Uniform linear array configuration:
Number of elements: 24
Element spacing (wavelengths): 1
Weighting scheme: binomial
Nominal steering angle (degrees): -30
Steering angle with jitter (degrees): -30.814
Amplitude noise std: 0.05
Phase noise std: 0.05

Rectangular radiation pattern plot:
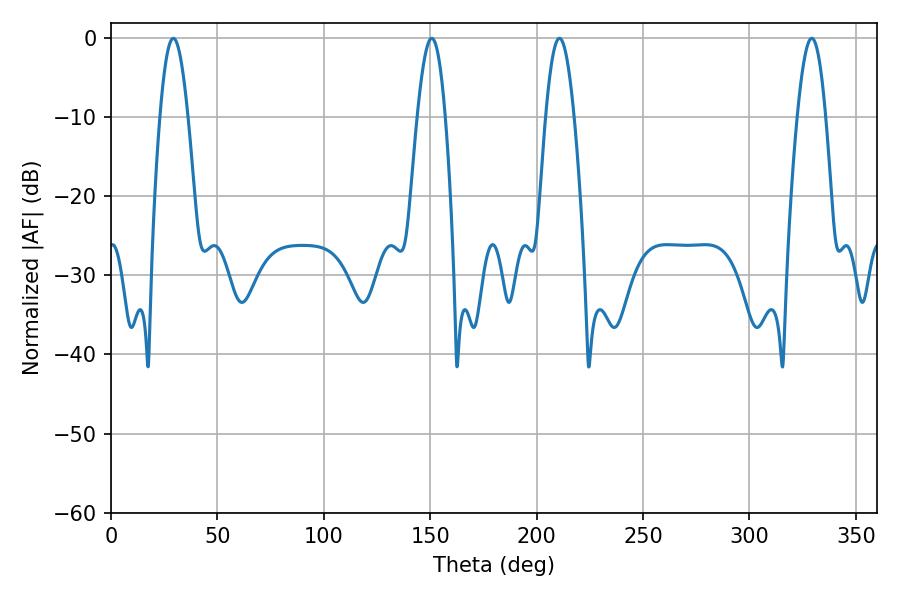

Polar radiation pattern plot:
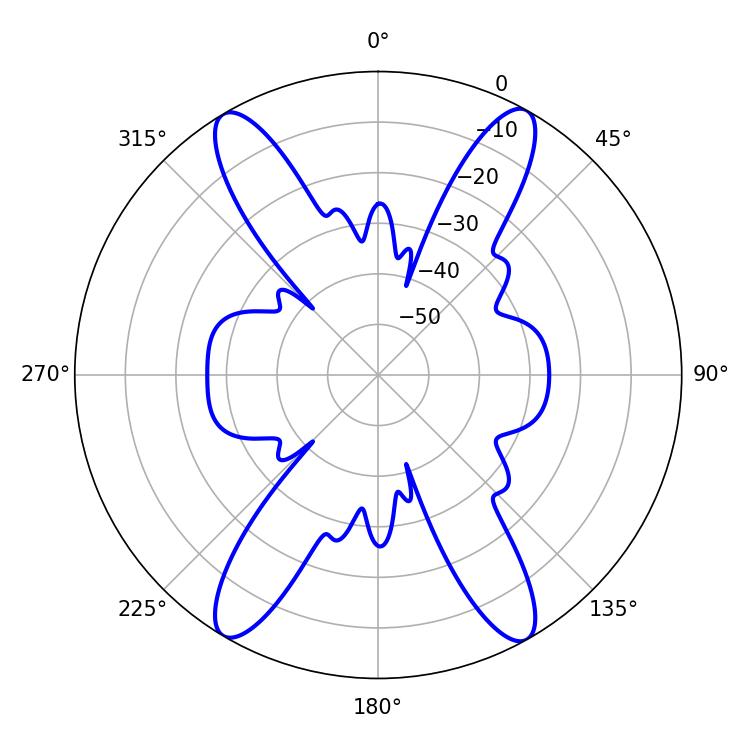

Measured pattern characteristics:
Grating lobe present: TRUE
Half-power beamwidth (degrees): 7.2
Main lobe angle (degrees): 210.78